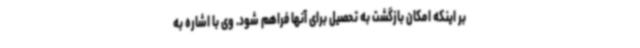
بر اینکه امکان بازگشت به تحصیل برای آنها فراهم شود. وی با اشاره به